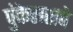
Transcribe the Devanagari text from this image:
पुंकेसराचे